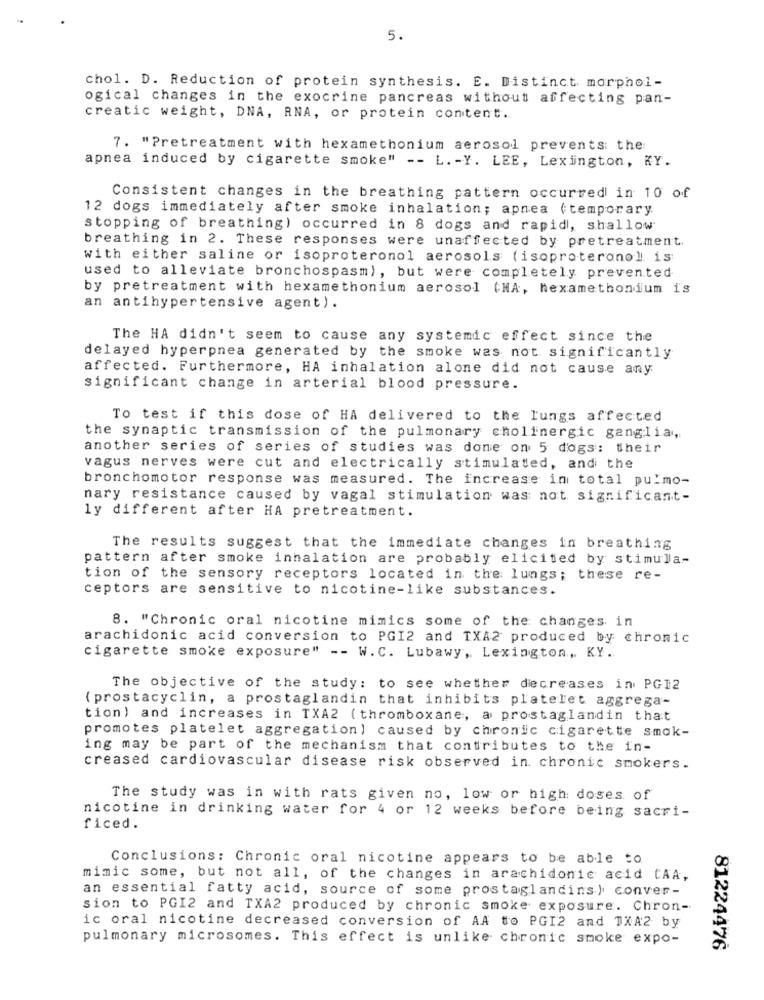
5.
chol. D. Reduction of protein synthesis. E. Distinct morphoi-
ogical changes in the exocrine pancreas without affecting pan-
creatic weight, DNA, RNA, or protein content.
7. "Pretreatment with hexamethonium aerosol prevents: the
apnea induced by cigarette smoke" -- L. - Y. LEE, Lexington, KY.
Consistent changes in the breathing pattern occurred in 10 of
12 dogs immediately after smoke inhalation; apnea (temporary
stopping of breathing) occurred in 8 dogs and rapid, shallow
breathing in 2. These responses were unaffected by pretreatment.
with either saline or isoproteronol aerosols (isoproteronol is
used to alleviate bronchospasm), but were completely prevented
by pretreatment with hexamethonium aerosol (NA, hexamethonium is
an antihypertensive agent).
The HA didn't seem to cause any systemic effect since the
delayed hyperpnea generated by the smoke was not significantly
affected. Furthermore, HA inhalation alone did not cause any
significant change in arterial blood pressure.
To test if this dose of HA delivered to the lungs affected
the synaptic transmission of the pulmonary cholinergic ganglia,
another series of series of studies was done on 5 dogs: their
vagus nerves were cut and electrically stimulated, and the
bronchomotor response was measured. The increase in total pulmo-
nary resistance caused by vagal stimulation was not significant-
ly different after HA pretreatment.
The results suggest that the immediate changes in breathing
pattern after smoke inhalation are probably elicited by stimula-
tion of the sensory receptors located in the lungs; these re-
ceptors are sensitive to nicotine-like substances.
8. "Chronic oral nicotine mimics some of the changes in
arachidonic acid conversion to PGI2 and TXA2 produced by chronic
cigarette smoke exposure" -- W.C. Lubawy, Lexington, KY.
The objective of the study: to see whether decreases in PGI2
( prostacyclin, a prostaglandin that inhibits platelet aggrega-
tion) and increases in TXA2 ( thromboxane, a prostaglandin that
promotes platelet aggregation) caused by chronic cigarette smok-
ing may be part of the mechanism that contributes to the in-
creased cardiovascular disease risk observed in chronic smokers.
The study was in with rats given no, low or high: doses of
nicotine in drinking water for 4 or 12 weeks before being sacri-
ficed.
Conclusions: Chronic oral nicotine appears to be able to
mimic some, but not all, of the changes in arachidonic acid CAA,
an essential fatty acid, source of some prostaglandins) conver-
sion to PGI2 and TXA2 produced by chronic smoke exposure. Chron-
ic oral nicotine decreased conversion of AA to PGI2 and TXA2 by
pulmonary microsomes. This effect is unlike chronic smoke expo-
81224476